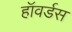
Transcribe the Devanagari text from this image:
हॉवर्डस